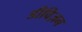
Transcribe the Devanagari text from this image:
डीविज़न